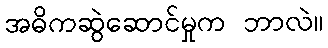
အဓိကဆွဲဆောင်မှုက ဘာလဲ။